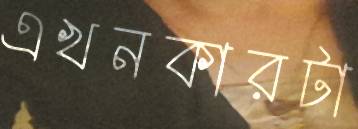
এখনকারটা